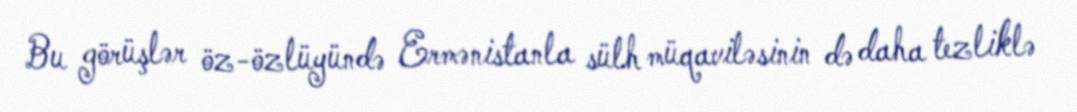
Bu görüşlər öz-özlüyündə Ermənistanla sülh müqaviləsinin də daha tezliklə